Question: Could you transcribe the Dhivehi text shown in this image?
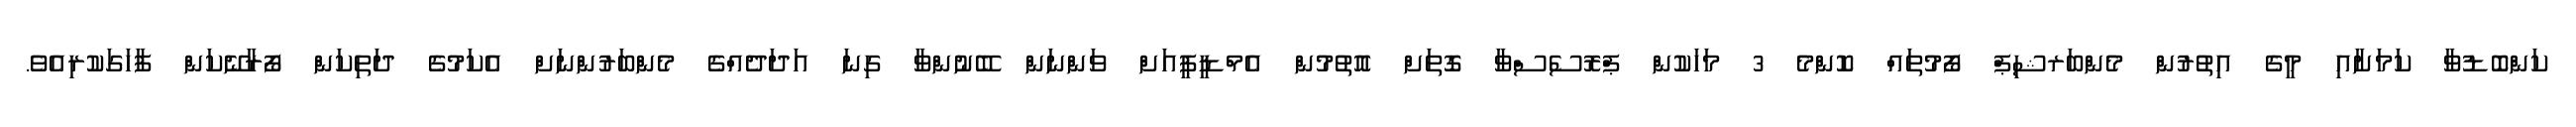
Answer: ކަންބޮޑުވާ ކަމަށާއި މީގެ އިތުރުން މެންބަރޝިޕް ފޯމުތައް ކޮންމެ 3 މަހަކުން ޕްރޮސެސްވާ ގޮތަށް އޮތުމުން އެމްޑީޕީއަށް ވަންނަން ބޭނުންވާ ގިނަ އަދަދެއްގެ މެންބަރުންނަށް އެކަމުގެ ދަތިކަން ފޯރާނޭކަން ފާހަގަކުރިއެވެ.